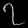
Digit: ၇